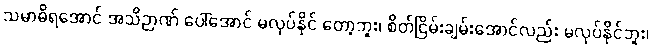
သမာဓိရအောင် အသိဉာဏ် ပေါ်အောင် မလုပ်နိုင် တော့ဘူး၊ စိတ်ငြိမ်းချမ်းအောင်လည်း မလုပ်နိုင်ဘူး၊